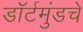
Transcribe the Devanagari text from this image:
डॉर्टमुंडचे